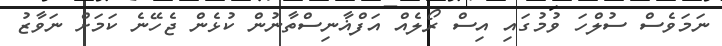
ނަމަވެސް ސުލްހަ ވުމުގައި އިސް ރޯލެއް އަފްޣާނިސްތާނުން ކުޅެން ޖެހޭނެ ކަަމަށް ނަވާޒު